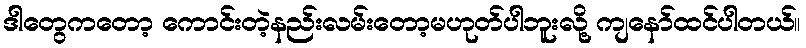
ဒါတွေကတော့ ကောင်းတဲ့နည်းလမ်းတော့မဟုတ်ပါဘူးလို့ ကျနော်ထင်ပါတယ်။